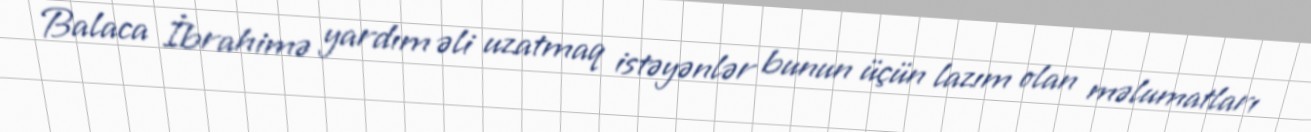
Balaca İbrahimə yardım əli uzatmaq istəyənlər bunun üçün lazım olan məlumatları